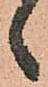
ゞ